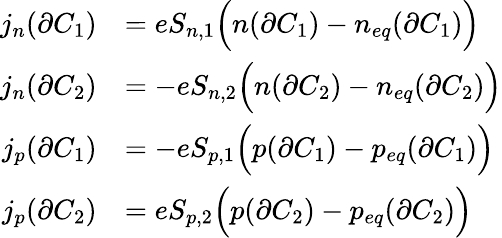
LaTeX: \begin{array}{r}{\begin{array}{rl}{j_{n}(\partial C_{1})}&{=eS_{n,1}\Big(n(\partial C_{1})-n_{eq}(\partial C_{1})\Big)}\\ {j_{n}(\partial C_{2})}&{=-eS_{n,2}\Big(n(\partial C_{2})-n_{eq}(\partial C_{2})\Big)}\\ {j_{p}(\partial C_{1})}&{=-eS_{p,1}\Big(p(\partial C_{1})-p_{eq}(\partial C_{1})\Big)}\\ {j_{p}(\partial C_{2})}&{=eS_{p,2}\Big(p(\partial C_{2})-p_{eq}(\partial C_{2})\Big)}\end{array}}\end{array}